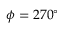
\phi = 2 7 0 ^ { \circ }